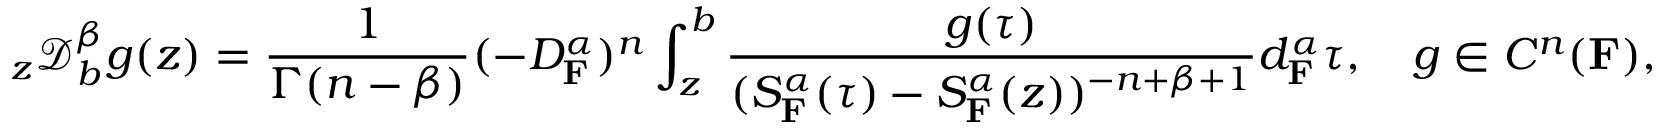
_ { z } \mathcal { D } _ { b } ^ { \beta } g ( z ) = \frac { 1 } { \Gamma ( n - \beta ) } ( - D _ { \mathbf { F } } ^ { \alpha } ) ^ { n } \int _ { z } ^ { b } \frac { g ( \tau ) } { ( S _ { \mathbf { F } } ^ { \alpha } ( \tau ) - S _ { \mathbf { F } } ^ { \alpha } ( z ) ) ^ { - n + \beta + 1 } } d _ { \mathbf { F } } ^ { \alpha } \tau , ~ ~ ~ g \in C ^ { n } ( \mathbf { F } ) ,